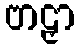
ဗာဠှာ